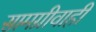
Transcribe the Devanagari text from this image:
सामग्रीवाही